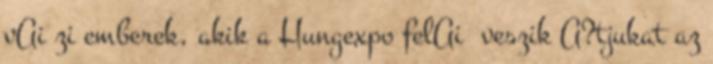
vAi zi emberek, akik a Hungexpo felAi veszik A?tjukat az